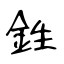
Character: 鉎